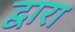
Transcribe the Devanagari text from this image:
द्वारा